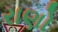
રાણો